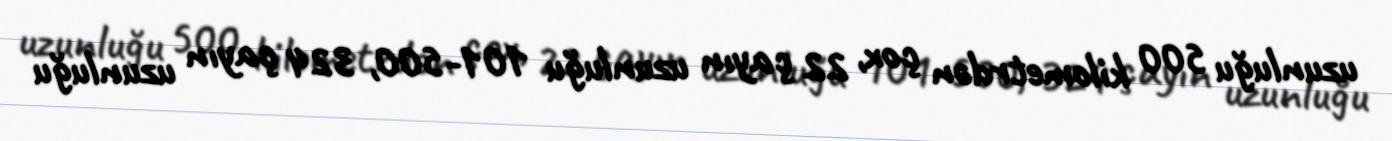
uzunluğu 500 kilometrdən çox, 22 çayın uzunluğu 101-500, 324 çayın uzunluğu